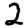
Digit: 2